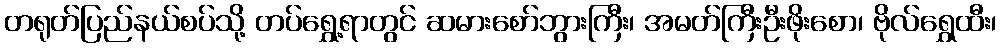
တရုတ်ပြည်နယ်စပ်သို့ တပ်ရွှေ့ရာတွင် ဆမားစော်ဘွားကြီး၊ အမတ်ကြီးဦးဖိုးစော၊ ဗိုလ်ရွှေထီး၊